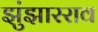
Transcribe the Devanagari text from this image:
झुंझारराव